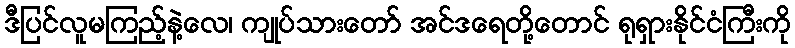
ဒီပြင်လူမကြည့်နဲ့လေ၊ ကျုပ်သားတော် အင်ဒရေတို့တောင် ရုရှားနိုင်ငံကြီးကို